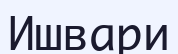
Ишвари